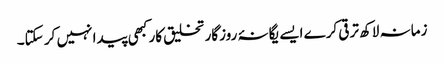
زمانہ لاکھ ترقی کرے ایسے یگانۂ روزگار تخلیق کار کبھی پیدا نہیں کر سکتا۔